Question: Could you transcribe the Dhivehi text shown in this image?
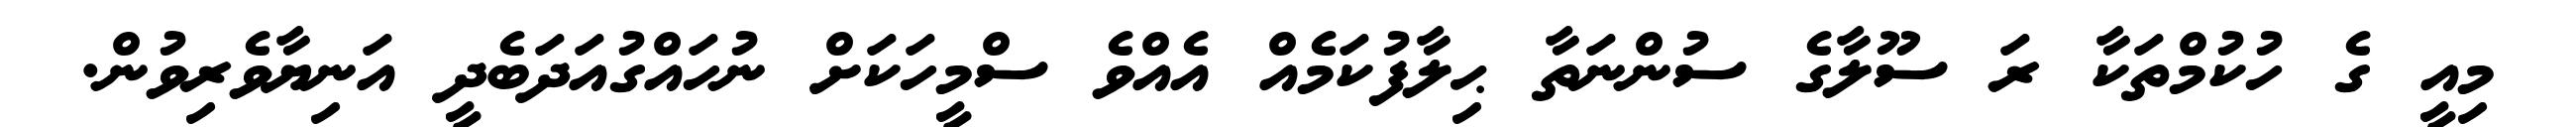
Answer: މިއީ ގެ ހުކުމްތަކާ ރަ ސޫލާގެ ސުންނަތާ ޙިލާފުކަމެއް އެއްވެ ސްމީހަކަށް ނުހައްގުއަދަބެދީ އަނިޔާވެރިވުން.